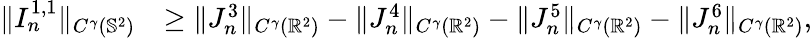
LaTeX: \begin{array}{rl}{\| I_{n}^{1,1}\| _{C^{\gamma}(\mathbb{S}^{2})}}&{\geq\| J_{n}^{3}\| _{C^{\gamma}(\mathbb{R}^{2})}-\| J_{n}^{4}\| _{C^{\gamma}(\mathbb{R}^{2})}-\| J_{n}^{5}\| _{C^{\gamma}(\mathbb{R}^{2})}-\| J_{n}^{6}\| _{C^{\gamma}(\mathbb{R}^{2})},}\end{array}